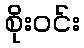
စိုးဝင်း